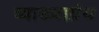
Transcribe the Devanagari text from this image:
व्याख्याग्रंथ